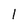
Character: 1